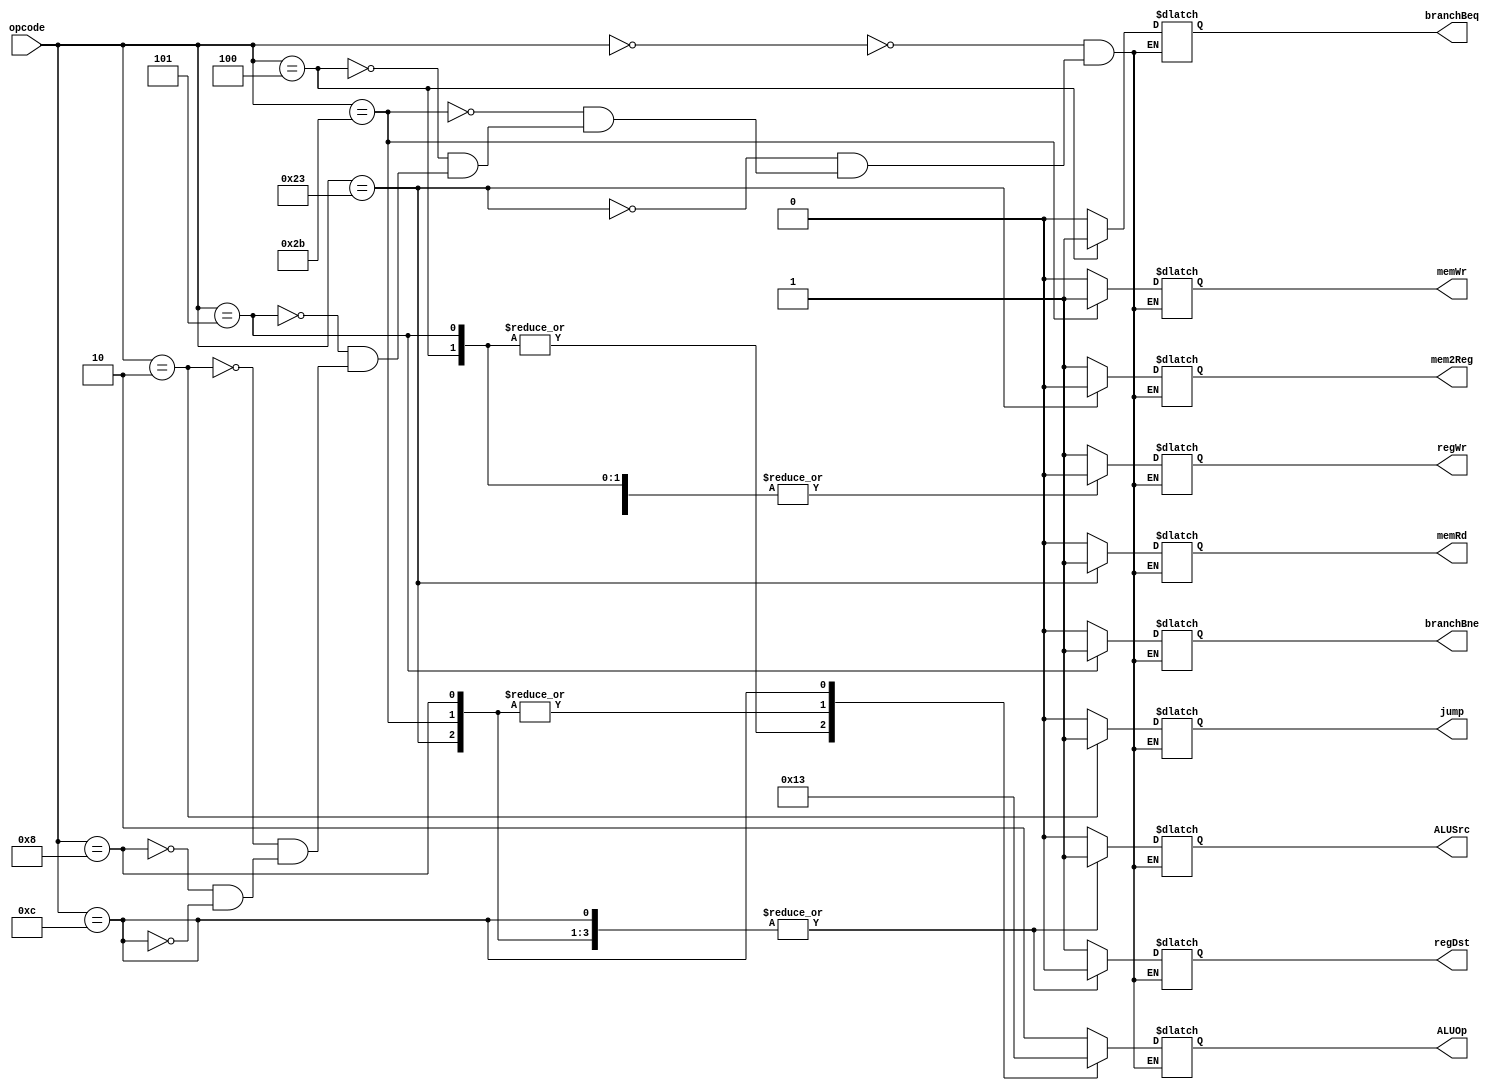
`timescale 1ns / 1ps
//////////////////////////////////////////////////////////////////////////////////
// Company: 
// Engineer: 
// 
// Design Name: 
// Module Name: control
// Project Name: 
// Target Devices: 
// Tool Versions: 
// Description: 
// 
// Dependencies: 
// 
// Revision:
// Revision 0.01 - File Created
// Additional Comments:
// 
//////////////////////////////////////////////////////////////////////////////////


module Control(
    input [5:0] opcode,
    output reg [1:0] ALUOp,
    output reg jump, branchBeq, branchBne,
    output reg memRd, memWr, mem2Reg,
    output reg regDst, regWr, ALUSrc
    );
    
    
    always @(*) begin
        case (opcode)
            6'b000000: begin    // R-type 
                ALUOp       = 2'b10;
                ALUSrc      = 1'b0;
                branchBeq   = 1'b0;
                branchBne   = 1'b0;
                memRd       = 1'b0;
                mem2Reg     = 1'b1;
                memWr       = 1'b0;
                regDst      = 1'b1;
                regWr       = 1'b1;
                jump        = 1'b0;
            end
            6'b100011: begin	// lw 
                ALUOp		= 2'b00;
                ALUSrc      = 1'b1;
                branchBeq   = 1'b0;
                branchBne   = 1'b0;
                memRd       = 1'b1;
                mem2Reg     = 1'b0;
                memWr       = 1'b0;
                regDst      = 1'b0;
                regWr       = 1'b1;
                jump        = 1'b0;
			end
			6'b101011: begin	// sw 
				ALUOp       = 2'b00;  
				ALUSrc      = 1'b1;
                branchBeq   = 1'b0;
                branchBne   = 1'b0;
                memRd       = 1'b0;
                mem2Reg     = 1'b1;
				memWr       = 1'b1;
                regDst      = 1'b0;
				regWr       = 1'b0;
                jump        = 1'b0;			
			end
			6'b000100: begin	// beq 
				ALUOp       = 2'b01;
                ALUSrc      = 1'b0;
				branchBeq   = 1'b1;
                branchBne   = 1'b0;
                memRd       = 1'b0;
                mem2Reg     = 1'b1;
                memWr       = 1'b0;
                regDst      = 1'b1;
				regWr       = 1'b0;
                jump        = 1'b0;			
			end
			6'b000101: begin	// bne 
				ALUOp       = 2'b01;
                ALUSrc      = 1'b0;
                branchBeq   = 1'b0;
				branchBne   = 1'b1;
                memRd       = 1'b0;
                mem2Reg     = 1'b1;
                memWr       = 1'b0;
                regDst      = 1'b1;
                regWr       = 1'b0;
                jump        = 1'b0;
			end
			6'b000010: begin	// j jump 
                ALUOp       = 2'b10;
                ALUSrc      = 1'b0;
                branchBeq   = 1'b0;
                branchBne   = 1'b0;
                memRd       = 1'b0;
                mem2Reg     = 1'b1;
                memWr       = 1'b0;
                regDst      = 1'b1;
                regWr       = 1'b1;
                jump        = 1'b1;
			end
			6'b001000: begin	// addi 
                ALUOp       = 2'b00;
                ALUSrc      = 1'b1;
                branchBeq   = 1'b0;
                branchBne   = 1'b0;
                memRd       = 1'b0;
                mem2Reg     = 1'b1;
                memWr       = 1'b0;
                regDst      = 1'b0;
                regWr       = 1'b1;
                jump        = 1'b0;
			end
			6'b001100: begin	// andi 
                ALUOp       = 2'b11;
                ALUSrc      = 1'b1;
                branchBeq   = 1'b0;
                branchBne   = 1'b0;
                memRd       = 1'b0;
                mem2Reg     = 1'b1;
                memWr       = 1'b0;
                regDst      = 1'b0;
                regWr       = 1'b1;
                jump        = 1'b0;
			end
		endcase
	end
    
endmodule